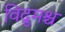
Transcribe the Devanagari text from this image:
विद्रुमश्च